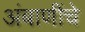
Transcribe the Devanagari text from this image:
अंबाणींचे